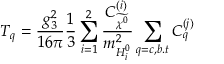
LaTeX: T _ { q } = \frac { g _ { 3 } ^ { 2 } } { 1 6 \pi } \frac { 1 } { 3 } \sum _ { i = 1 } ^ { 2 } \frac { C _ { \widetilde { \chi ^ { 0 } } } ^ { ( i ) } } { m _ { H _ { i } ^ { 0 } } ^ { 2 } } \sum _ { q = c , b . t } C _ { q } ^ { ( j ) }